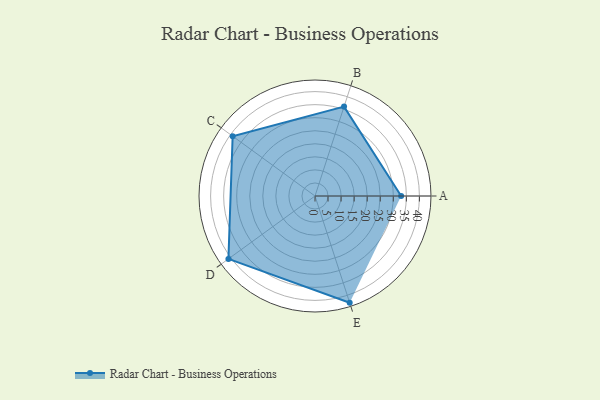
{"axis": {"x": "Skill", "y": "Score"}, "legend": ["Profile"], "data": [{"x": "A", "y": 33.0, "type": "Profile"}, {"x": "B", "y": 36.0, "type": "Profile"}, {"x": "C", "y": 39.0, "type": "Profile"}, {"x": "D", "y": 41.0, "type": "Profile"}, {"x": "E", "y": 43.0, "type": "Profile"}]}